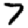
Digit: 7